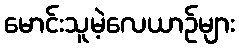
မောင်းသူမဲ့လေယာဉ်များ